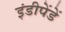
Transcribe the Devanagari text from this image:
इंडीपेंडें